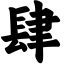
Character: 肆